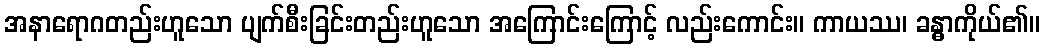
အနာရောဂတည်းဟူသော ပျက်စီးခြင်းတည်းဟူသော အကြောင်းကြောင့် လည်းကောင်း။ ကာယဿ၊ ခန္ဓာကိုယ်၏။